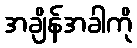
အချိန်အခါကို